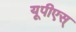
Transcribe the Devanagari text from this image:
यूपीएस्